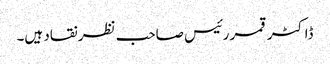
ڈاکٹر قمر رئیس صاحب نظر نقاد ہیں۔